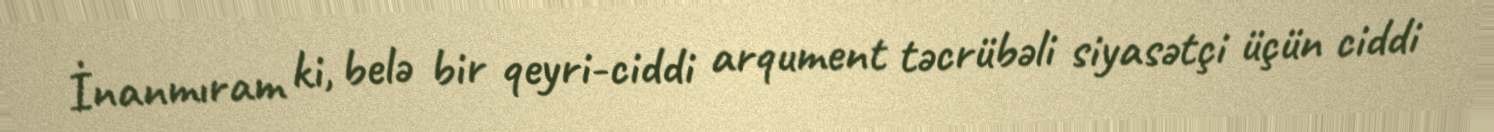
İnanmıram ki, belə bir qeyri-ciddi arqument təcrübəli siyasətçi üçün ciddi